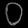
Digit: ၀